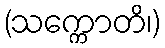
(သက္ကောတိ၊)